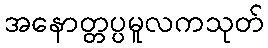
အနောတ္တပ္ပမူလကသုတ်